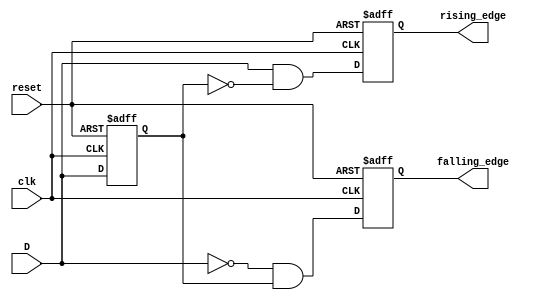
module edge_detector (
    input wire clk,             // Clock signal
    input wire reset,           // Reset signal
    input wire D,               // Input signal
    output reg rising_edge,     // Rising edge output
    output reg falling_edge     // Falling edge output
);

    reg D_prev;                 // Memory block to store previous state of the input signal

    // Asynchronous reset and state sampling on clock edge
    always @(posedge clk or posedge reset) begin
        if (reset) begin
            D_prev <= 1'b0;     // Initialize previous state to low on reset
            rising_edge <= 1'b0;  // Clear rising edge signal
            falling_edge <= 1'b0; // Clear falling edge signal
        end else begin
            // Edge detection logic
            rising_edge <= (D == 1'b1) && (D_prev == 1'b0);  // Rising edge detected
            falling_edge <= (D == 1'b0) && (D_prev == 1'b1); // Falling edge detected
            
            // Update previous state to current state
            D_prev <= D;
        end
    end

endmodule